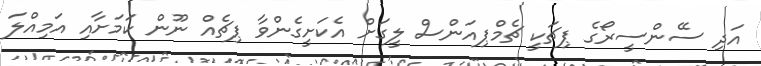
އަދި ސޭންސީރޯގެ ޕިޗަކީ ޗެމްޕިއަންސް ލީގަށް އެކަށީގެންވާ ޕިޗެއް ނޫން ކަމަށާއި އަމިއްލަ